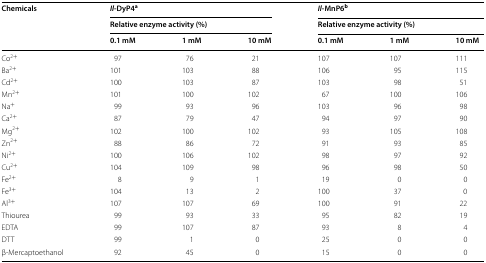
| <ROWSPAN=3> Chemicals | <COLSPAN=3> Il-DyP4a | <COLSPAN=3> Il-MnP6b |
 | <COLSPAN=3> Relative enzyme activity (%) | <COLSPAN=3> Relative enzyme activity (%) |
 | 0.1 mM | 1 mM | 10 mM | 0.1 mM | 1 mM | 10 mM |
 | --- | --- | --- | --- | --- | --- | --- |
 | Co2+ | 97 | 76 | 21 | 107 | 107 | 111 |
 | Ba2+ | 101 | 103 | 88 | 106 | 95 | 115 |
 | Cd2+ | 100 | 103 | 87 | 103 | 98 | 51 |
 | Mn2+ | 101 | 100 | 102 | 67 | 100 | 106 |
 | Na+ | 99 | 93 | 96 | 103 | 96 | 98 |
 | Ca2+ | 87 | 79 | 47 | 94 | 97 | 90 |
 | Mg2+ | 102 | 100 | 102 | 93 | 105 | 108 |
 | Zn2+ | 88 | 86 | 72 | 91 | 93 | 85 |
 | Ni2+ | 100 | 106 | 102 | 98 | 97 | 92 |
 | Cu2+ | 104 | 109 | 98 | 96 | 98 | 50 |
 | Fe2+ | 8 | 9 | 1 | 19 | 0 | 0 |
 | Fe3+ | 104 | 13 | 2 | 100 | 37 | 0 |
 | Al3+ | 107 | 107 | 69 | 100 | 91 | 22 |
 | Thiourea | 99 | 93 | 33 | 95 | 82 | 19 |
 | EDTA | 99 | 107 | 87 | 93 | 8 | 4 |
 | DTT | 99 | 1 | 0 | 25 | 0 | 0 |
 | β-Mercaptoethanol | 92 | 45 | 0 | 15 | 0 | 0 |